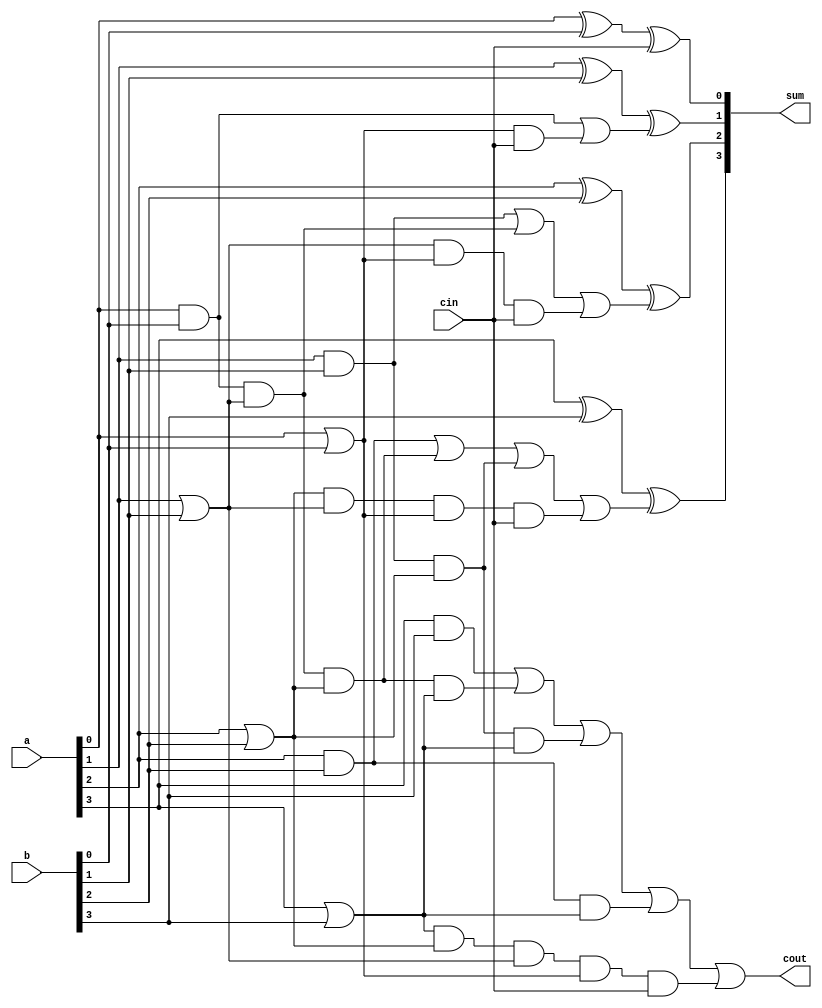
module cla(
	input [3:0] a,
	input [3:0] b,
	input cin,
	output [3:0] sum,
	output cout);	 
	
	wire [3:1] c;
	wire [3:0] pc;
	wire [5:0] gp;
	wire [3:0] G,P;
	
	and #(10) (G[0], a[0], b[0]);  
	and #(10) (G[1], a[1], b[1]);
	and #(10) (G[2], a[2], b[2]);
	and #(10) (G[3], a[3], b[3]);
	or #(10) (P[0], a[0], b[0]);
	or #(10) (P[1], a[1], b[1]);
	or #(10) (P[2], a[2], b[2]);
	or #(10) (P[3], a[3], b[3]);  
	
	and #(10) (pc[0], P[0], cin); 
	and #(10) (pc[1], P[1], P[0], cin);
	and #(10) (pc[2], P[2], P[1], P[0], cin);
	and #(10) (pc[3], P[3], P[2], P[1], P[0], cin);	
	
	and #(10) (gp[0], G[0], P[1]);	 
	and #(10) (gp[1], G[0], P[1], P[2]);
	and #(10) (gp[2], G[0], P[1], P[2], P[3]);
	and #(10) (gp[3], G[1], P[2]);
	and #(10) (gp[4], G[1], P[2], P[3]);
	and #(10) (gp[5], G[2], P[3]);
	
	or #(10) (c[1], G[0], pc[0]); 
	or #(10) (c[2], G[1], gp[0], pc[1]);
	or #(10) (c[3], G[2], gp[1], gp[3], pc[2]);
	or #(10) (cout, G[3], gp[2], gp[4], gp[5], pc[3]);
	
	xor #(30) (sum[0], a[0], b[0], cin);
	xor #(30) (sum[1], a[1], b[1], c[1]);
	xor #(30) (sum[2], a[2], b[2], c[2]);
	xor #(30) (sum[3], a[3], b[3], c[3]);
endmodule